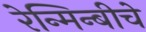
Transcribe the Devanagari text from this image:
रेन्मिन्बीचे